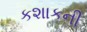
કશાકની